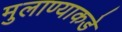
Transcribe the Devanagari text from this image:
मुलाण्याकडे